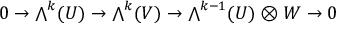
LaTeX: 0 \to { \textstyle \bigwedge } ^ { k } ( U ) \to { \textstyle \bigwedge } ^ { k } ( V ) \to { \textstyle \bigwedge } ^ { k - 1 } ( U ) \otimes W \to 0